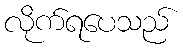
လိုက်ရပေသည်